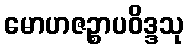
မောဟဇဉ္စာပဝိဒ္ဒသု